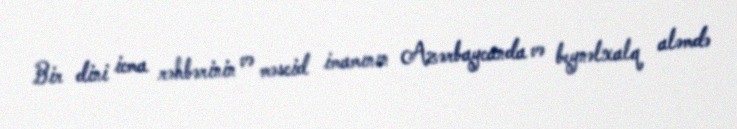
Bir dini icma rəhbərinin və məscid imamının Azərbaycanda və beynəlxalq aləmdə